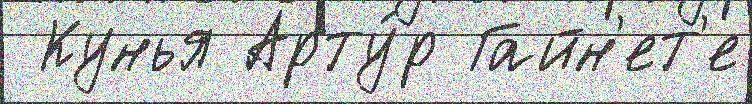
 Кунья Арту́р Гайн'ет'е